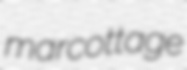
marcottage